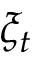
\xi _ { t }